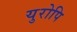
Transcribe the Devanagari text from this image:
युरोपि